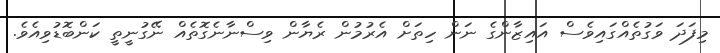
މިފަދަ ވަގުތެއްގައިވެސް އައިޒާންގެ ނަން ހިތަށް އެރުމުން ރެޔާން ވިސްނާނެގޮތެއް ނޭގުނީތީ ކަންބޮޑުވިއެވެ.